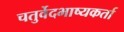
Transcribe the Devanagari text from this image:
चतुर्वेदभाष्यकर्ता